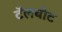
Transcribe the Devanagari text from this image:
टॅलबोट